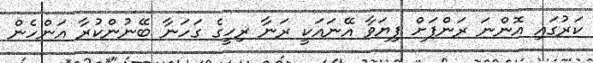
ކަރުގައި އޮންނަ ރަންފަށް ފިޔަވާ އޭނައަކީ ރަނާ ރިހީގެ ގަހަނާ ބޭނުންކުރާ އަންހެން